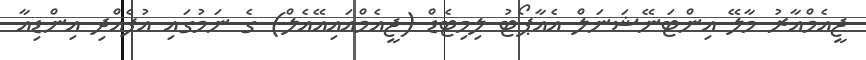
ޖީއެމްއާރު މާލޭ އިންޓަނޭޝަނަލް އެއާޕޯޓު ލިމިޓެޑް (ޖީއެމްއައިއޭއެލް) ގެ ނަމުގައި އުފެއްދި އިންޑިއާ